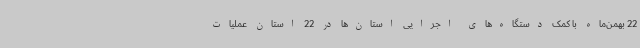
22 بهمن‌ماه با کمک دستگاه‌های اجرایی استان‌ها در 22 استان عملیات